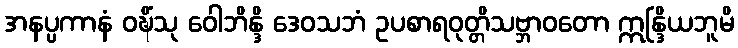
အနပ္ပကာနံ ဝဍ္ဎိံသု ဝေါဘိန္ဒိ ဒေဝသဘံ ဥပစာရဝုတ္တိသဗ္ဘာဝတော ဣန္ဒြိယဘူမိ